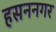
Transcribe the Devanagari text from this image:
हसननगर